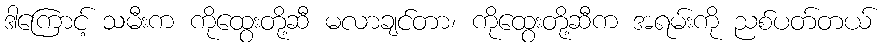
ဒါကြောင့် သမီးက ကိုထွေးတို့ဆီ မလာချင်တာ၊ ကိုထွေးတို့ဆီက အရမ်းကို ညစ်ပတ်တယ်